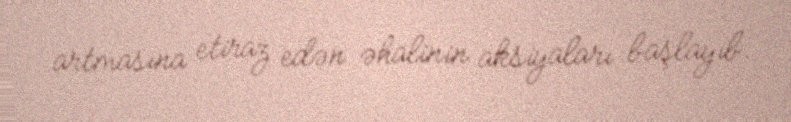
artmasına etiraz edən əhalinin aksiyaları başlayıb.